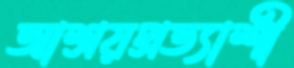
আশ্রয়প্রত্যাশী